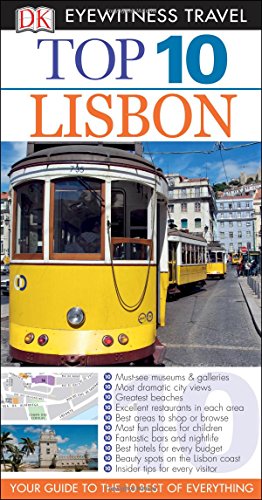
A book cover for Top 10 Lisbon (Eyewitness Top 10 Travel Guide); Tomas Tranaeus; Travel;